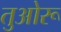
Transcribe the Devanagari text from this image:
तुओरू